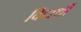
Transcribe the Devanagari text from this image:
विद्दार्थी